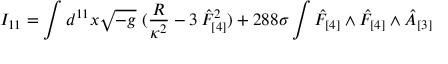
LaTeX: I _ { 1 1 } = \int d ^ { 1 1 } x \sqrt { - g } ~ ( { \frac { R } { \kappa ^ { 2 } } } - 3 \, \hat { F } _ { [ 4 ] } ^ { 2 } ) + { 2 8 8 } \sigma \int \hat { F } _ { [ 4 ] } \wedge \hat { F } _ { [ 4 ] } \wedge \hat { A } _ { [ 3 ] }